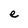
Character: e